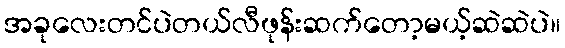
အခုလေးတင်ပဲတယ်လီဖုန်းဆက်တော့မယ့်ဆဲဆဲပဲ။